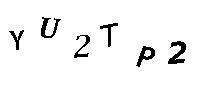
YU2TP2